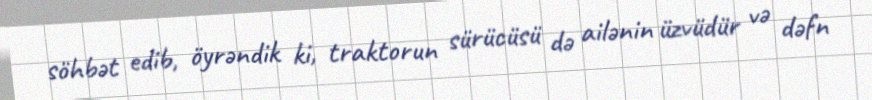
söhbət edib, öyrəndik ki, traktorun sürücüsü də ailənin üzvüdür və dəfn